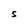
Character: S